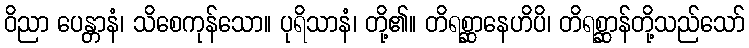
ဝိညာ ပေန္တာနံ၊ သိစေကုန်သော။ ပုရိသာနံ၊ တို့၏။ တိရစ္ဆာနေဟိပိ၊ တိရစ္ဆာန်တို့သည်သော်